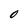
Character: O